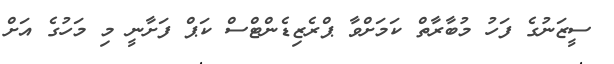
ސީޒަނުގެ ފަހު މުބާރާތް ކަމަށްވާ ޕްރެޒިޑެންޓްސް ކަޕް ފަށާނީ މި މަހުގެ އަށް